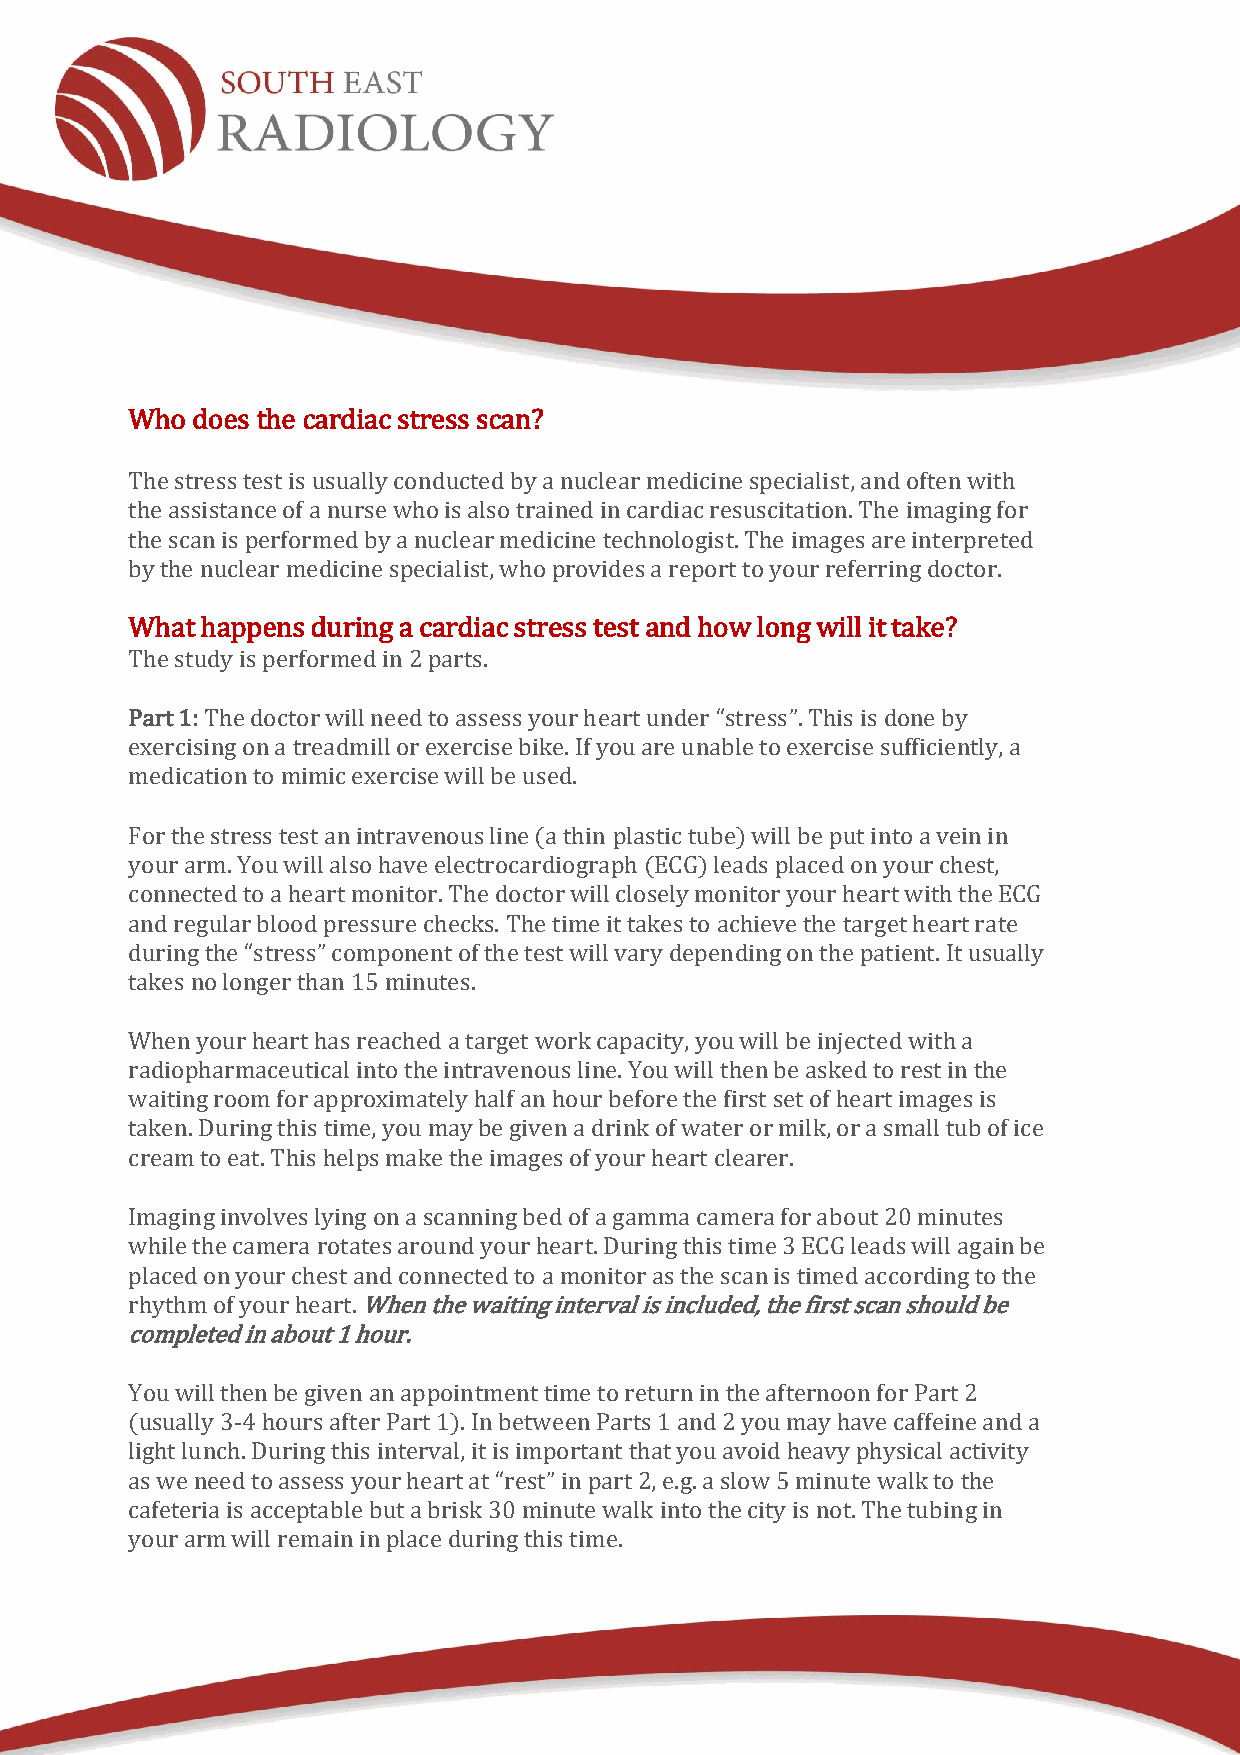
Who  does the cardiac stress scan?
 The stress test is usually conducted by a nuclear medicine specialist, and often with
 the assistance of a nurse who is also trained in cardiac resuscitation. The imaging for
 the scan is performed by a nuclear medicine technologist. The images are interpreted
 by the nuclear medicine specialist, who provides a report to your referring doctor.
 What happens during a cardiac stress test and how long will it take?
 The study is performed in 2 parts.
 Part 1: The doctor will need to assess your heart under “stress”. This is done by
 exercising on a treadmill or exercise bike. If you are unable to exercise sufficiently, a
 medication to mimic exercise will be used.
 For the stress test an intravenous line (a thin plastic tube) will be put into a vein in
 your arm. You will also have electrocardiograph (ECG) leads placed on your chest,
 connected to a heart monitor. The doctor will closely monitor your heart with the ECG
 and regular blood pressure checks. The time it takes to achieve the target heart rate
 during the “stress” component of the test will vary depending on the patient. It usually
 takes no longer than 15 minutes.
 When your heart has reached a target work capacity, you will be injected with a
 radiopharmaceutical into the intravenous line. You will then be asked to rest in the
 waiting room for approximately half an hour before the first set of heart images is
 taken. During this time, you may be given a drink of water or milk, or a small tub of ice
 cream to eat. This helps make the images of your heart clearer.
 Imaging involves lying on a scanning bed of a gamma camera for about 20 minutes
 while the camera rotates around your heart. During this time 3 ECG leads will again be
 placed on your chest and connected to a monitor as the scan is timed according to the
 rhythm of your heart. When the waiting interval is included, the first scan should be
 completed in about 1 hour.
 You will then be given an appointment time to return in the afternoon for Part 2
 (usually 3-4 hours after Part 1). In between Parts 1 and 2 you may have caffeine and a
 light lunch. During this interval, it is important that you avoid heavy physical activity
 as we need to assess your heart at “rest” in part 2, e.g. a slow 5 minute walk to the
 cafeteria is acceptable but a brisk 30 minute walk into the city is not. The tubing in
 your arm will remain in place during this time.